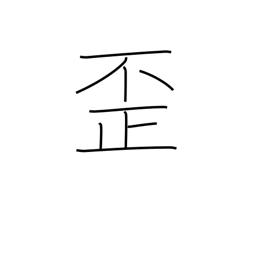
Meaning: distort